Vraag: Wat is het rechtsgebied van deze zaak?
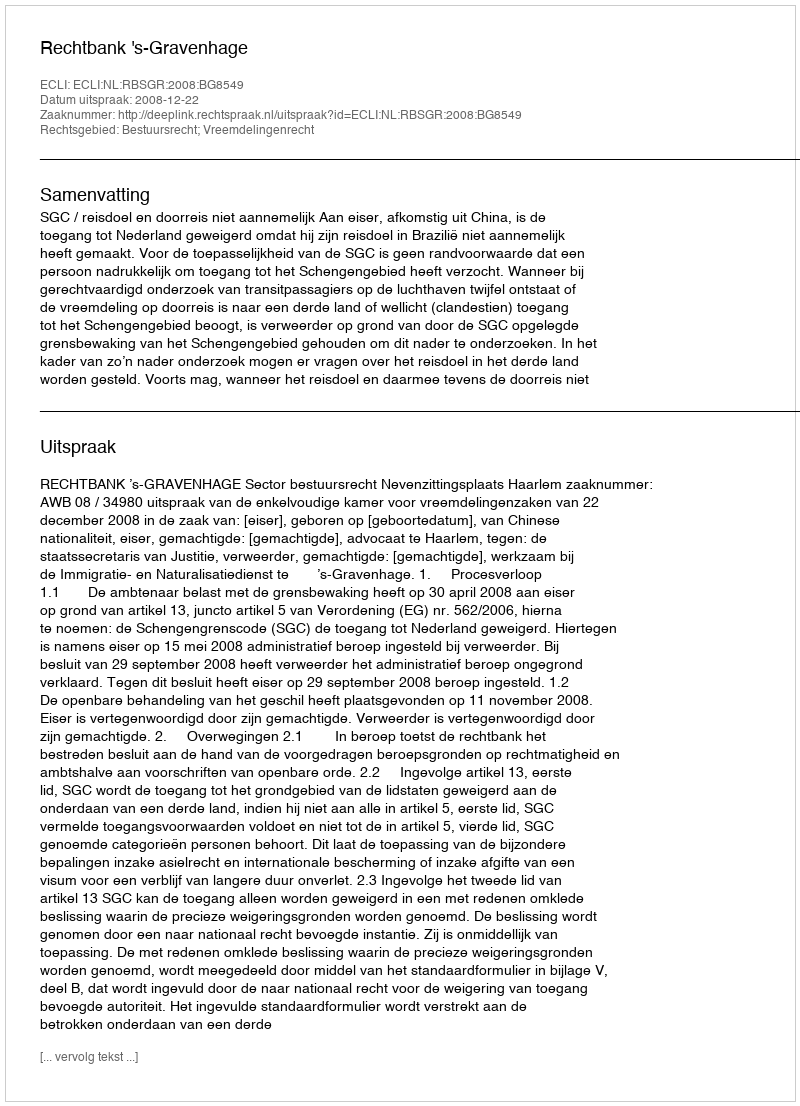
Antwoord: Bestuursrecht; Vreemdelingenrecht